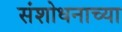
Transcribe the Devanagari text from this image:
संशोधनाच्‍या